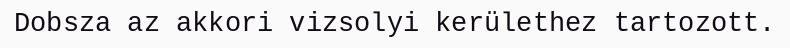
Dobsza az akkori vizsolyi kerülethez tartozott.